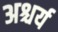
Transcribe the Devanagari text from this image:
अश्चर्य